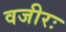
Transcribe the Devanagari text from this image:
वजीरः